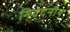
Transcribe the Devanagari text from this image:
निवेदनीय